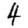
Digit: 4